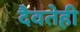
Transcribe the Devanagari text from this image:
दैवतेही